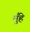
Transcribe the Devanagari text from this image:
मुँहे